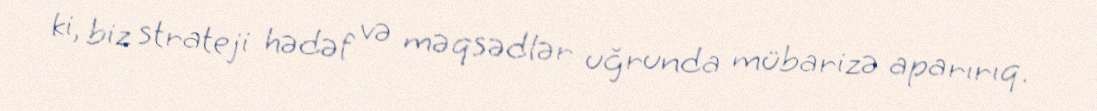
ki, biz strateji hədəf və məqsədlər uğrunda mübarizə aparırıq.